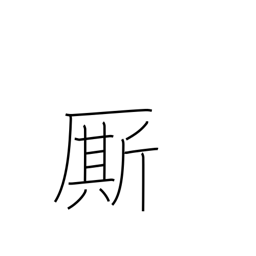
Meaning: follower